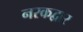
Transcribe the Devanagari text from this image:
नरकद्वार